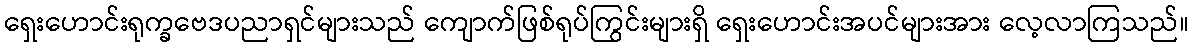
ရှေးဟောင်းရုက္ခဗေဒပညာရှင်များသည် ကျောက်ဖြစ်ရုပ်ကြွင်းများရှိ ရှေးဟောင်းအပင်များအား လေ့လာကြသည်။